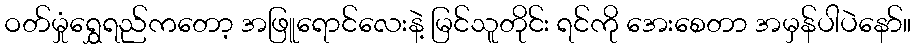
ဝတ်မှုံရွှေရည်ကတော့ အဖြူရောင်လေးနဲ့ မြင်သူတိုင်း ရင်ကို အေးစေတာ အမှန်ပါပဲနော်။